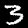
Digit: 3